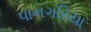
પાનગરિયા